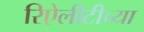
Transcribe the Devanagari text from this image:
रिऐलीटीच्या